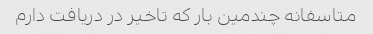
متاسفانه چندمین بار که تاخیر در دریافت دارم